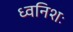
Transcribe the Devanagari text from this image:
ध्वनिशः